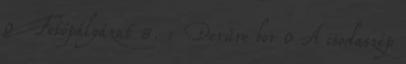
0 Fotópályázat 8. : Derűre bor 0 A csodaszép